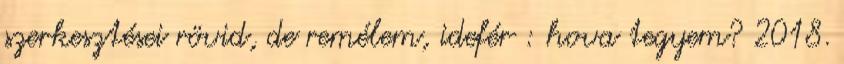
szerkesztései rövid, de remélem, idefér : hova tegyem? 2018.